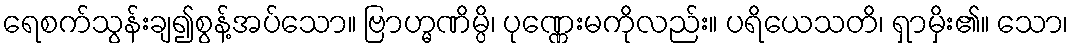
ရေစက်သွန်းချ၍စွန့်အပ်သော။ ဗြာဟ္မဏိမ္ပိ၊ ပုဏ္ဏေးမကိုလည်း။ ပရိယေသတိ၊ ရှာမှိး၏။ သော၊